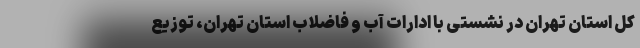
کل استان تهران در نشستی با ادارات آب و فاضلاب استان تهران‌، توزیع